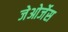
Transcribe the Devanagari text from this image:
जेओर्जेस